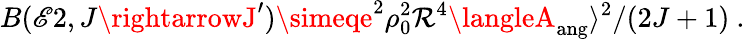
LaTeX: B(\mathscr{E}2,J\rightarrowJ^{\prime})\simeqe^{2}\rho_{0}^{2}\mathcal{R}^{4}\langleA_{\mathrm{{ang}}}\rangle^{2}/(2J+1)~.